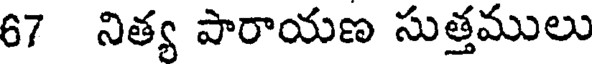
67 నిత్య పారాయణ సుత్తములు